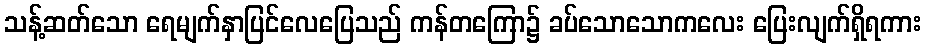
သန့်ဆတ်သော ရေမျက်နှာပြင်လေပြေသည် ကန်တကြော၌ ခပ်သောသောကလေး ပြေးလျက်ရှိရကား